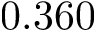
0 . 3 6 0